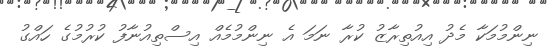
ނިންމުމަކާ މެދު އިއުތިރާޒު ކުރާ ނަމަ އެ ނިންމުމެއް އިސްތިއުނާފު ކުރުމުގެ ހައްގު